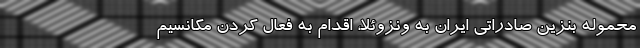
محموله بنزین صادراتی ایران به ونزوئلا، اقدام به فعال کردن مکانسیم